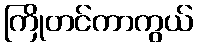
ကြိုတင်ကာကွယ်